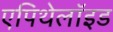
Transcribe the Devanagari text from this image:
एपिथेलॉइड